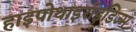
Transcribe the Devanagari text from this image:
हाइपोथाइरॉइडिज्म